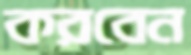
করবেন